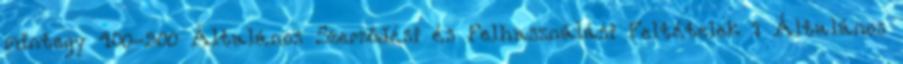
mintegy 400-500 Általános Szerződési és Felhasználási Feltételek 1 Általános